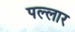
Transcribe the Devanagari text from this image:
पल्लार